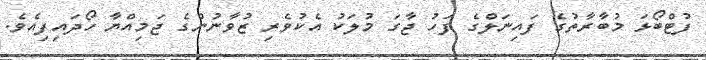
ފުޓްބޯޅަ މުބާރާތުގެ ފައިނަލްގެ ފަހު ޖާގަ މުލަކު އެކުވެރި ޒުވާނުންގެ ޖަމިއްޔާ ހޯދައިފިއެވެ.